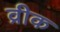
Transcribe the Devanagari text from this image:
व्रीक